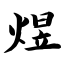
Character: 煜